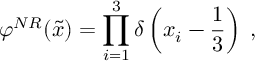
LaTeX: \varphi ^ { N R } ( \tilde { x } ) = \prod _ { i = 1 } ^ { 3 } \delta \left( x _ { i } - \frac { 1 } { 3 } \right) \; ,